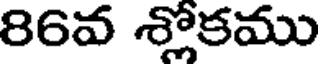
86వ శ్లోకము